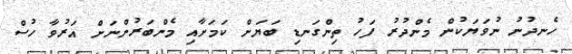
ހެނދުނު ނުވަޔަކުން މެންދުރު ފަހު ތިންގަނޑި ބަޔަށް ކަމަށާއި މެންބަރުންނަށް އަރުވާ ހުސް